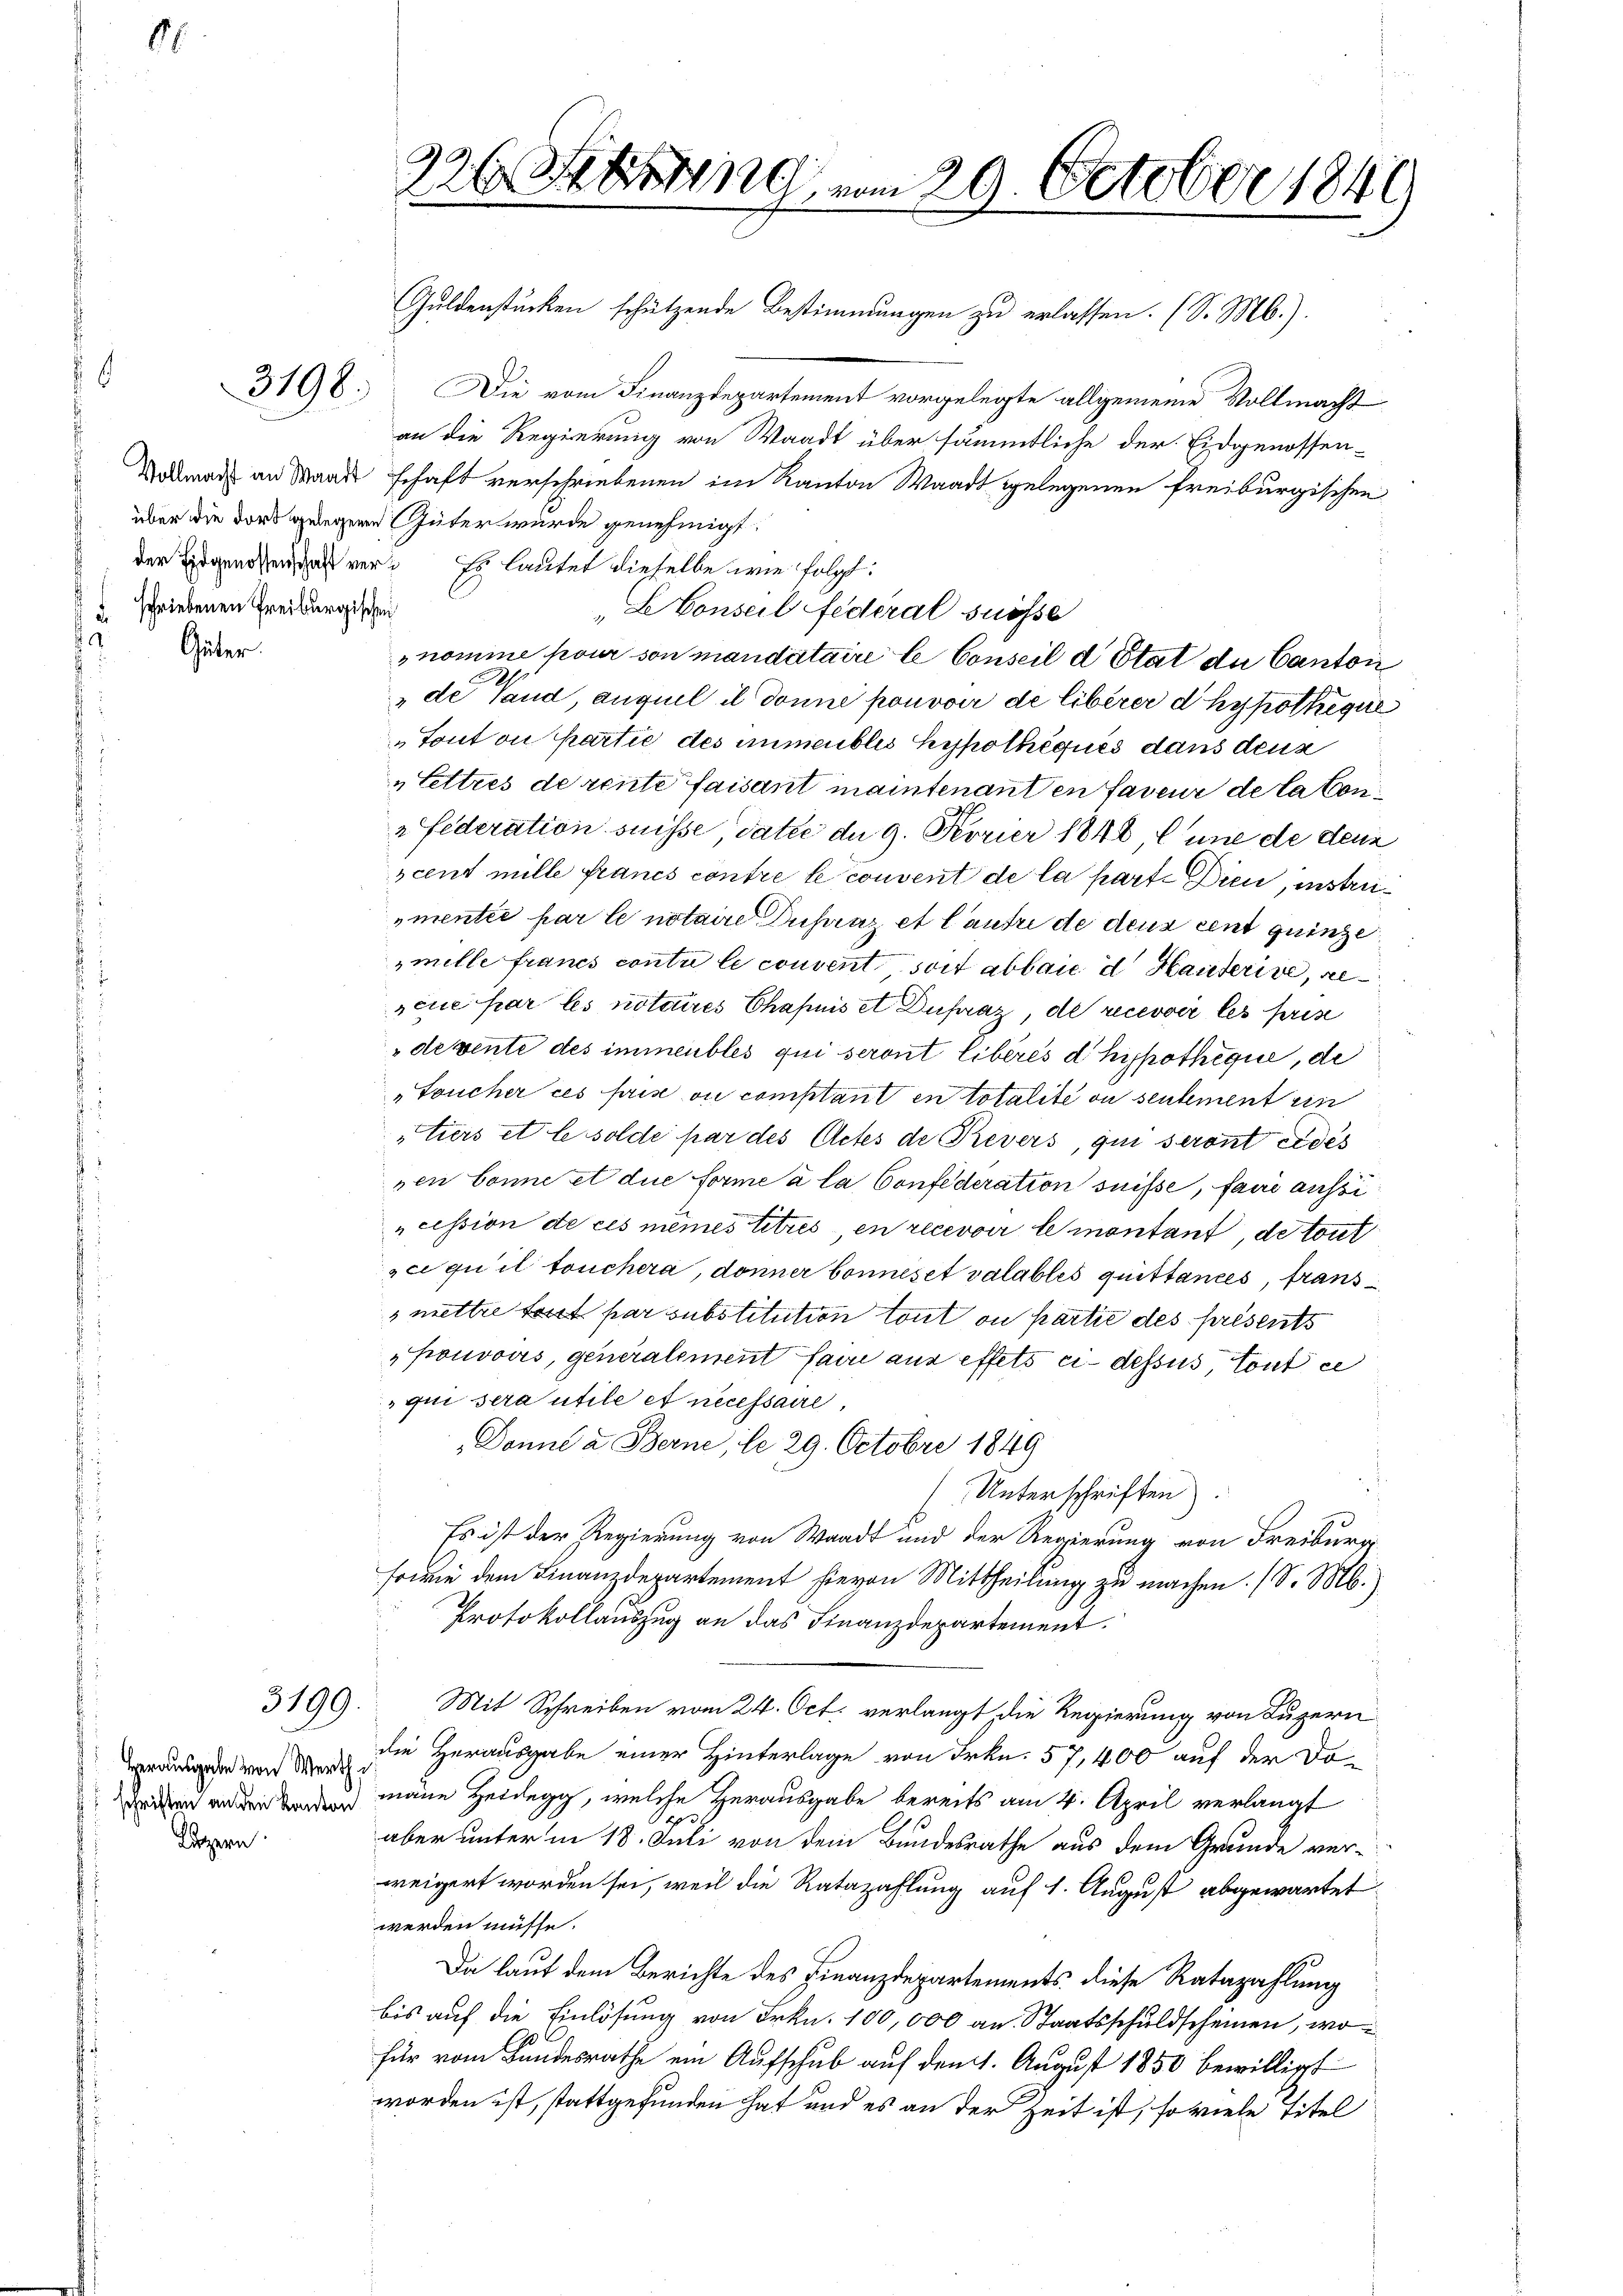
schriebenen Freiburgischen

Güter

Luzern

3198.

5199.

Herausgabe von Werth
schriften an den Kanton

226 Setzung vom 29. October 1849

Guldenstücken schützende Bestimmungen zu erlassen. (S. M.).
Die vom Finanzdepartement vorgelegte allgemeine Vollmacht
an die Regierung von Waadt über sämmtliche der Eidgenossen-
Aodwar an Maass schaft verschriebenen im Kanton Waadt gelegenen freiburgischen
über die dort gelegene Güter wurde genehmigt.
der Eigenden, das ver¬ Es lautet dieselbe wie folgt:
Le Conseil fédéral suosse
nomme pour son mandataire le Conseil d Etat de Canton
de Vaud, auquel il donné pouvoir de libérer d hypotheque
„Tout ou partie des immeubles hypothèques dans dens
„Lettres de rente faisant maintenant en faveur de laten
" Federation suisse datie der 9. Ferier 1848, l’une de denn
rcent mille francs contre le convent de la part. Dien, instrie¬
„mentée par le notaire Dupraz et l’autre de deus cent quinze
mille francs conti le convent soit abbaie in Hauterive, se
père par les notaires Chahnis et Dufraz, de recevoir les prise
devente des immeubles qui seront libérés d hypothéque, de
"Toucher ces prise ou comptant en totalité ou seulement ein
tiers et le solde par des Actes de Revers, qui seront eides
nen bonne et die Forme à la Confederation suisse, faire aussicession de ces mêmes titres en recevoir le montant, de tout
sce qu’il touchera, donner bonnes et valables quittances, franssmettre tout par substitution tout ou partie des présents
„pouvois, generalement faire aus effets ci-dessus, Tout ce
 qui sera utile et necessaire,
Donne a Berne, le 29. Octobre 1849
(Unterschriften.
Es ist der Regierung von Waadt und der Regierung von Freiburg
sowie dem Finanzdepartement hievon Mittheilung zu machen. (S. M.)
Protokollauszug an das Finanzdepartement.
Mit Schreiben vom 24. Oct. verlangt die Regierung von Luzern
die Herausgabe einer Hinterlage von Frkn. 57, 400 auf der Domane Heidegg, welche Herausgabe bereits am 4. April verlangt
z
aber unter in 18. Juli von dem Bundesrathe aus dem Grunde verweigert worden sei, weil die Ratazahlung auf 1. August abgewartet
werden müsse.
Da laut dem Berichte des Finanzdepartements diese Ratazahlung
bis auf die Einlösung von Frkn. 100,000 an Staatsschuldscheinen, wo
für vom Landesrathe ein Aufschub auf den 1. August 1850 bewilligt
worden ist, stattgefunden hat und es an der Zeit ist, so viele Titel